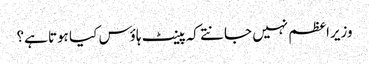
وزیراعظم نہیں جانتے کہ پینٹ ہاؤس کیا ہوتا ہے؟